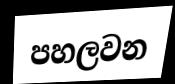
පහලවන